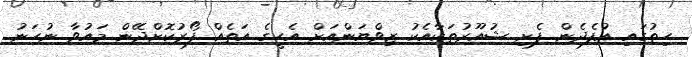
ހިތުގައި އުފެދެން ފެށި ޝުއޫރުތަކާއެކު ޒިވްޔަންއަށް އެހީގެ އަތެއް ފޯރުކޮށްދޭން މައުވާ ނުހަނު